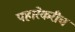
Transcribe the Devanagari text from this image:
पहारेकरीच